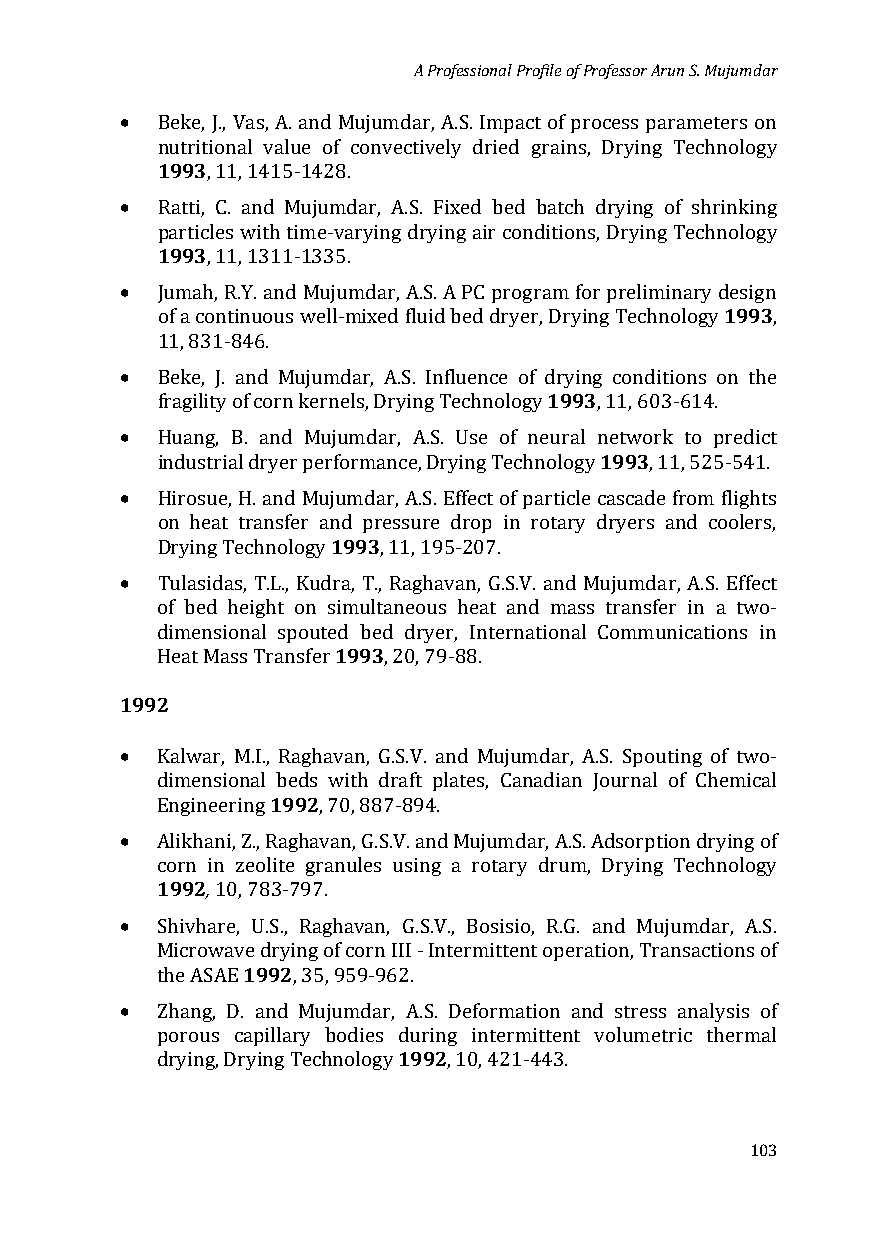
A Professional Profile of Professor Arun S. Mujumdar
 •
 1B9ek9e3, J., Vas, A. and Mujumdar, A.S. Impact of process parameters on
 nutritional value of convectively dried grains, Drying Technology
 •
 , 11, 1415-1428.
 R19at9t3i, C. and Mujumdar, A.S. Fixed bed batch drying of shrinking
 particles with time-varying drying air conditions, Drying Technology
 •
 , 11, 1311-1335.
 1993
 Jumah, R.Y. and Mujumdar, A.S. A PC program for preliminary design
 of a continuous well-mixed fluid bed dryer, Drying Technology ,
 •
 11, 831-846.
 1993
 Beke, J. and Mujumdar, A.S. Influence of drying conditions on the
 •
 fragility of corn kernels, Drying Technology , 11, 603-614.
 1993
 Huang, B. and Mujumdar, A.S. Use of neural network to predict
 •
 industrial dryer performance, Drying Technology , 11, 525-541.
 Hirosue, H. and Muj1u9m9d3ar, A.S. Effect of particle cascade from flights
 on heat transfer and pressure drop in rotary dryers and coolers,
 •
 Drying Technology , 11, 195-207.
 Tulasidas, T.L., Kudra, T., Raghavan, G.S.V. and Mujumdar, A.S. Effect
 of bed height on s1im99ul3taneous heat and mass transfer in a two-
 dimensional spouted bed dryer, International Communications in
 1992H eat Mass Transfer , 20, 79-88.
 •
 Kalwar, M.I.,1 R9a9g2havan, G.S.V. and Mujumdar, A.S. Spouting of two-
 dimensional beds with draft plates, Canadian Journal of Chemical
 •
 Engineering , 70, 887-894.
 A19lik9h2a,ni, Z., Raghavan, G.S.V. and Mujumdar, A.S. Adsorption drying of
 corn in zeolite granules using a rotary drum, Drying Technology
 •
 10, 783-797.
 Shivhare, 1U9.9S.2, Raghavan, G.S.V., Bosisio, R.G. and Mujumdar, A.S.
 Microwave drying of corn III - Intermittent operation, Transactions of
 •
 the ASAE , 35, 959-962.
 Zhang, D. and Mujumdar, 1A9.9S.2 Deformation and stress analysis of
 porous capillary bodies during intermittent volumetric thermal
 drying, Drying Technology , 10, 421-443.
 103